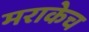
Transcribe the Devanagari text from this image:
मराकेच